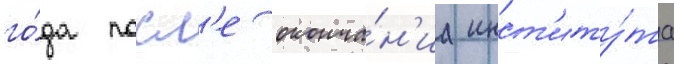
го́да посл'е оконча́н'иа инст'иту́та